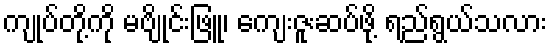
ကျုပ်တို့ကို မဗျိုင်းဖြူ၊ ကျေးဇူးဆပ်ဖို့ ရည်ရွယ်သလား